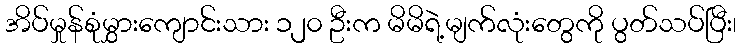
အိပ်မှုန်စုံမွှားကျောင်းသား ၁၂၀ ဦးက မိမိရဲ့မျက်လုံးတွေကို ပွတ်သပ်ပြီး၊